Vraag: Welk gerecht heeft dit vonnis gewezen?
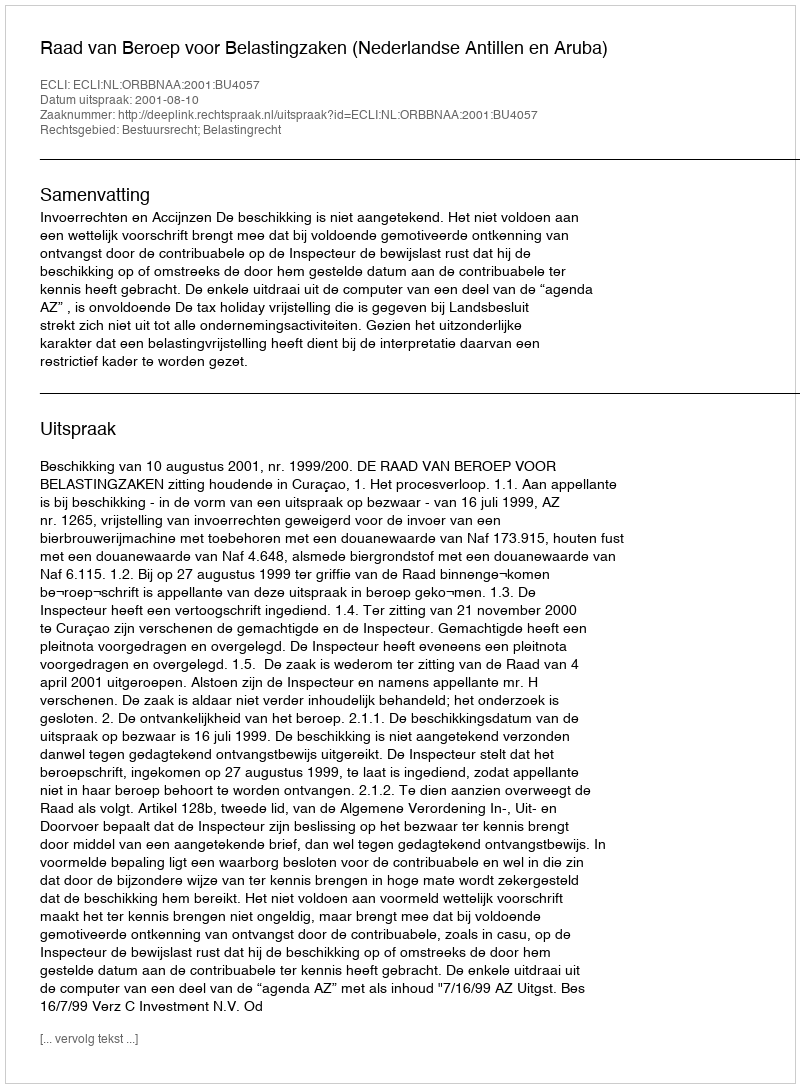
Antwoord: Raad van Beroep voor Belastingzaken (Nederlandse Antillen en Aruba)